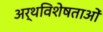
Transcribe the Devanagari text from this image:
अर्थविशेषताओं